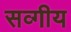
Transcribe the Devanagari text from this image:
सव्गीय